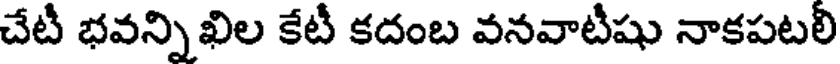
చేటీ భవన్నిఖిల కేటీ కదంబ వనవాటీషు నాకపటలి